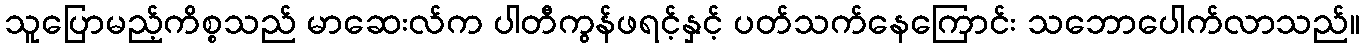
သူပြောမည့်ကိစ္စသည် မာဆေးလ်က ပါတီကွန်ဖရင့်နှင့် ပတ်သက်နေကြောင်း သဘောပေါက်လာသည်။